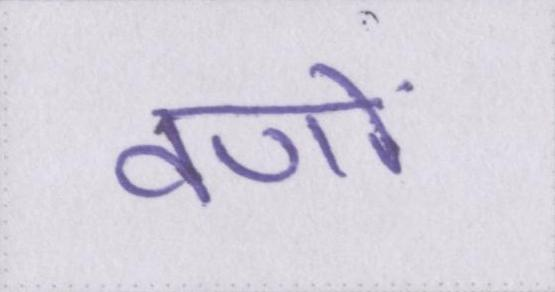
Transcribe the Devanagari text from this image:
वणों